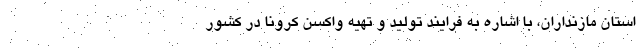
استان مازنداران، با اشاره به فرایند تولید و تهیه واکسن کرونا در کشور